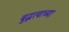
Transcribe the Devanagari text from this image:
बुद्धत्वाच्या